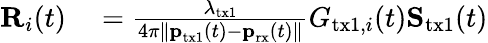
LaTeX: \begin{array}{rl}{\textbf{R}_{i}(t)}&{{}=\frac{\lambda_{\textrm{tx1}}}{4\pi\| \textbf{p}_{\textrm{tx1}}(t)-\textbf{p}_{\textrm{rx}}(t)\| }G_{\textrm{tx1},i}(t)\textbf{S}_{\textrm{tx1}}(t)}\end{array}